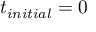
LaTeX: t _ { i n i t i a l } = 0